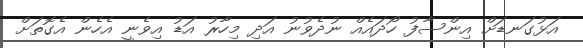
އަޅުގަނޑަށް އިންސާފު ހޯދައެއް ނުދެވުނު އަދި މިހާރު އަޑު އިވެނީ އެހެން އެގޮތަށް